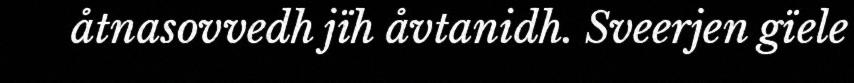
åtnasovvedh jïh åvtanidh. Sveerjen gïele